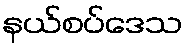
နယ်စပ်ဒေသ